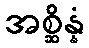
အစ္ဆိန္နံ